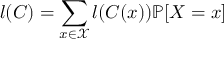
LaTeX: l ( C ) = \sum _ { x \in { \mathcal { X } } } l ( C ( x ) ) \mathbb { P } [ X = x ]